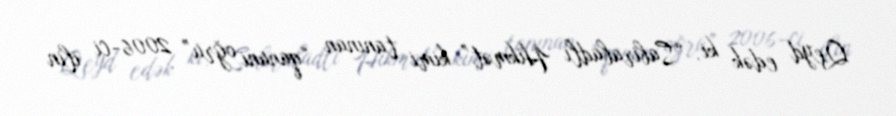
Qeyd edək ki, “Sabirabadlı Hikmət” kimi tanınan “qanuni oğru” 2006-ci ilin